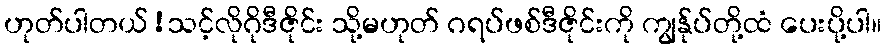
ဟုတ်ပါတယ်!သင့်လိုဂိုဒီဇိုင်း သို့မဟုတ် ဂရပ်ဖစ်ဒီဇိုင်းကို ကျွန်ုပ်တို့ထံ ပေးပို့ပါ။